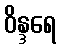
ဝိန္ဒရေ